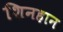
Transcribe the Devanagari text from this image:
शिनहान